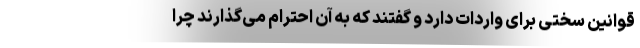
قوانین سختی برای واردات دارد و گفتند که به آن احترام می‌گذارند چرا